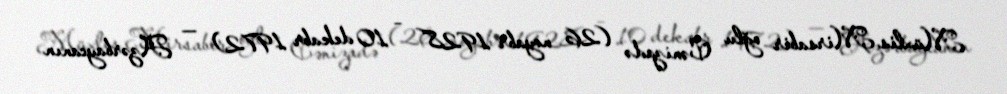
Müxlis Mirsabir oğlu Cənizadə (26 noyabr 1928 – 10 dekabr 1972) — Azərbaycanın